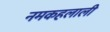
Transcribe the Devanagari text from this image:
नमकहलाली